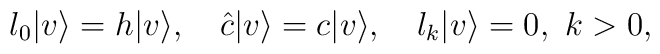
l_0| v \rangle=h| v \rangle , \quad \hat c | v \rangle=c| v \rangle, \quad l_k| v \rangle=0, \ k>0,